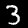
Digit: 3